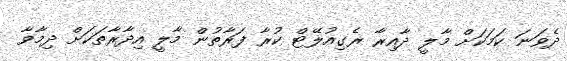
ދެވަނަ ކަމަކަށް މާލީ ދާއިރާ ރެގިއުލޭޓް ކުރާ ފަރާތުން މާލީ އިދާރާތަކަށް ދިމާވާ